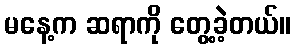
မနေ့က ဆရာကို တွေ့ခဲ့တယ်။